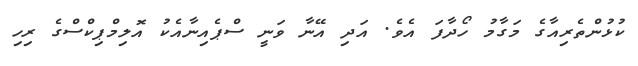
ކުޅުންތެރިއާގެ މަގާމު ހޯދާފަ އެވެ. އަދި އޭނާ ވަނީ ސްޕެއިނާއެކު އޮލިމްޕިކްސްގެ ރިހި